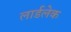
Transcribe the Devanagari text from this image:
लार्डलेक